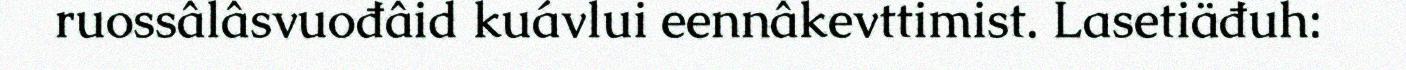
ruossâlâsvuođâid kuávlui eennâkevttimist. Lasetiäđuh: